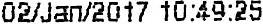
02/JAN/2017 10:49:25